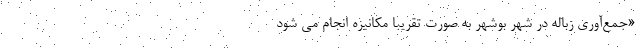
«جمع‌آوری زباله در شهر بوشهر به صورت تقریباً مکانیزه انجام می شود